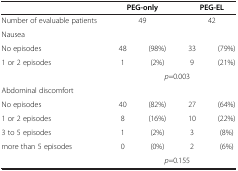
<table><thead><tr><td><b> </b></td><td colspan="2"><b>PEG-only</b></td><td colspan="2"><b>PEG-EL</b></td></tr></thead><tbody><tr><td>Number of evaluable patients</td><td colspan="2">49</td><td colspan="2">42</td></tr><tr><td>Nausea</td><td colspan="2"> </td><td colspan="2"> </td></tr><tr><td>No episodes</td><td>48</td><td>(98%)</td><td>33</td><td>(79%)</td></tr><tr><td>1 or 2 episodes</td><td>1</td><td>(2%)</td><td>9</td><td>(21%)</td></tr><tr><td> </td><td> </td><td colspan="2"><i>p</i>=0.003</td><td> </td></tr><tr><td>Abdominal discomfort</td><td colspan="2"> </td><td colspan="2"> </td></tr><tr><td>No episodes</td><td>40</td><td>(82%)</td><td>27</td><td>(64%)</td></tr><tr><td>1 or 2 episodes</td><td>8</td><td>(16%)</td><td>10</td><td>(22%)</td></tr><tr><td>3 to 5 episodes</td><td>1</td><td>(2%)</td><td>3</td><td>(8%)</td></tr><tr><td>more than 5 episodes</td><td>0</td><td>(0%)</td><td>2</td><td>(6%)</td></tr><tr><td> </td><td> </td><td colspan="2"><i>p</i>=0.155</td><td> </td></tr></tbody></table>